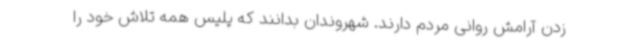
زدن آرامش روانی مردم دارند. شهروندان بدانند که پلیس همه تلاش خود را